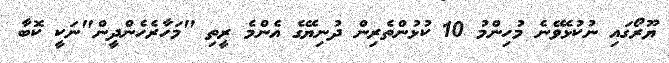
ޔޫރޯގައި ނުކުޅެވޭނެ މުހިންމު 10 ކުޅުންތެރިން ދުނިޔޭގެ އެންމެ ރީތި "މަހާރެހެންދީން"ނަކީ ކޮބާ